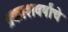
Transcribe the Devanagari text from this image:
प्रकाशवर्षांचे